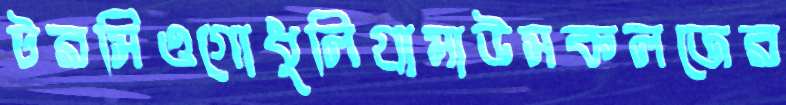
টরসিওগোধুলিগ্রামাউসকলজের